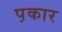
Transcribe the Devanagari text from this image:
प़कार